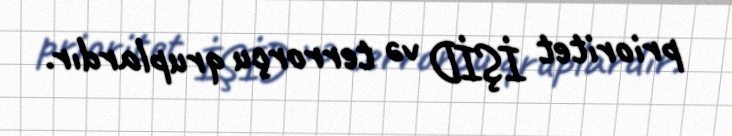
prioritet İŞİD və terrorçu qruplardır.